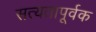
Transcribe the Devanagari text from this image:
सत्यतापूर्वक